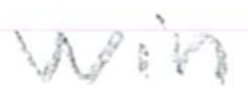
Text: win
Cross-out: clean
Writing tool: pencil